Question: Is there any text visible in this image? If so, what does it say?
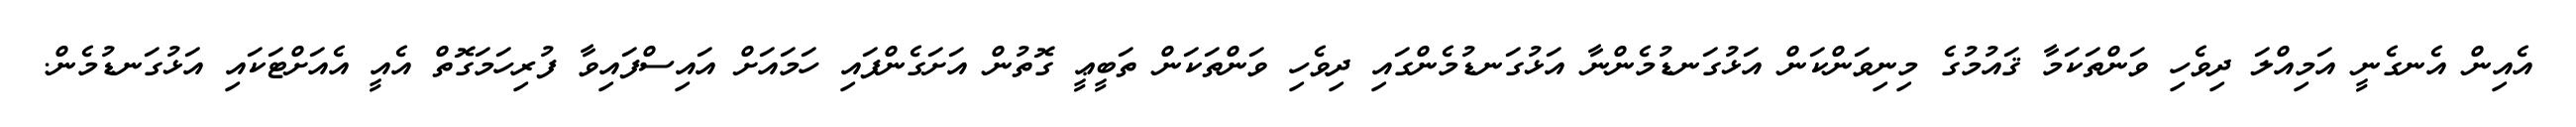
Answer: އެއިން އެނގެނީ އަމިއްލަ ދިވެހި ވަންތަކަމާ ޤައުމުގެ މިނިވަންކަން އަޅުގަނޑުމެންނާ އަޅުގަނޑުމެންގައި ދިވެހި ވަންތަކަން ތަބީޢީ ގޮތުން އަށަގެންފައި ހަމައަށް އައިސްފައިވާ ފުރިހަމަގޮތް އެއީ އެއަށްޓަކައި އަޅުގަނޑުމެން.